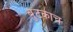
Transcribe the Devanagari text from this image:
बुटकाच